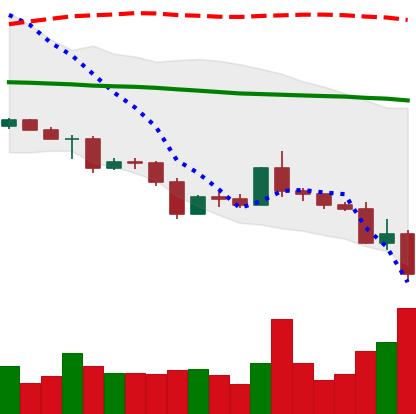
Ticker: ETC-USD
Chart end date: 2022-05-11
Forward return: 5.298%
Label: up_5_7